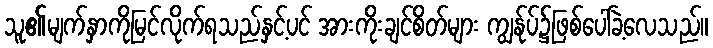
သူ၏မျက်နှာကိုမြင်လိုက်ရသည်နှင့်ပင် အားကိုးချင်စိတ်များ ကျွန်ုပ်၌ဖြစ်ပေါ်ခဲ့လေသည်။